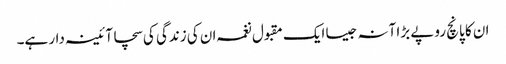
ان کا پانچ روپے بڑا آنہ جیسا ایک مقبول نغمہ ان کی زندگی کی سچا آئینہ دار ہے۔